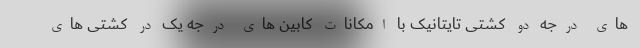
های درجه دو کشتی تایتانیک با امکانات کابین های درجه یک در کشتی های